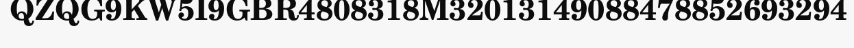
QZQG9KW5I9GBR4808318M32013149088478852693294